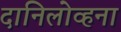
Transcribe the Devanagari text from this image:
दानिलोव्हना